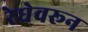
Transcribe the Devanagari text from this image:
रेघेवरून